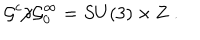
LaTeX: { \cal G } ^ { c } / { \cal G } _ { 0 } ^ { \infty } = S U ( 3 ) \times { \bf Z \ } .